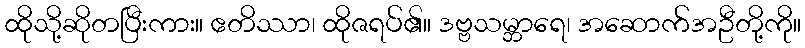
ထိုသို့ဆိုတပြီးကား။ ဧတိဿာ၊ ထိုဇရပ်၏။ ဒဗ္ဗသမ္ဘာရေ၊ အဆောက်အဦတို့ကို။